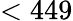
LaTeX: <449